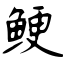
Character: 鲠